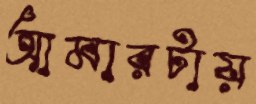
আমারটায়